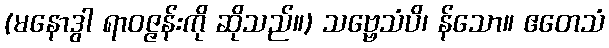
(မနောဒွါ ရာဝဇ္ဇန်းကို ဆိုသည်။) သဗ္ဗေသံပိ၊ န်သော။ ဧတေသံ